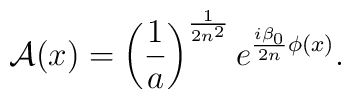
{\cal A}(x)=\left(\frac{1}{a}\right)^{\frac{1}{2n^2}}e^{\frac{i\beta_0}{2n}\phi(x)}.